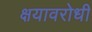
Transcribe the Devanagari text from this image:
क्षयावरोधी